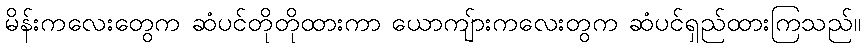
မိန်းကလေးတွေက ဆံပင်တိုတိုထားကာ ယောကျ်ားကလေးတွက ဆံပင်ရှည်ထားကြသည်။